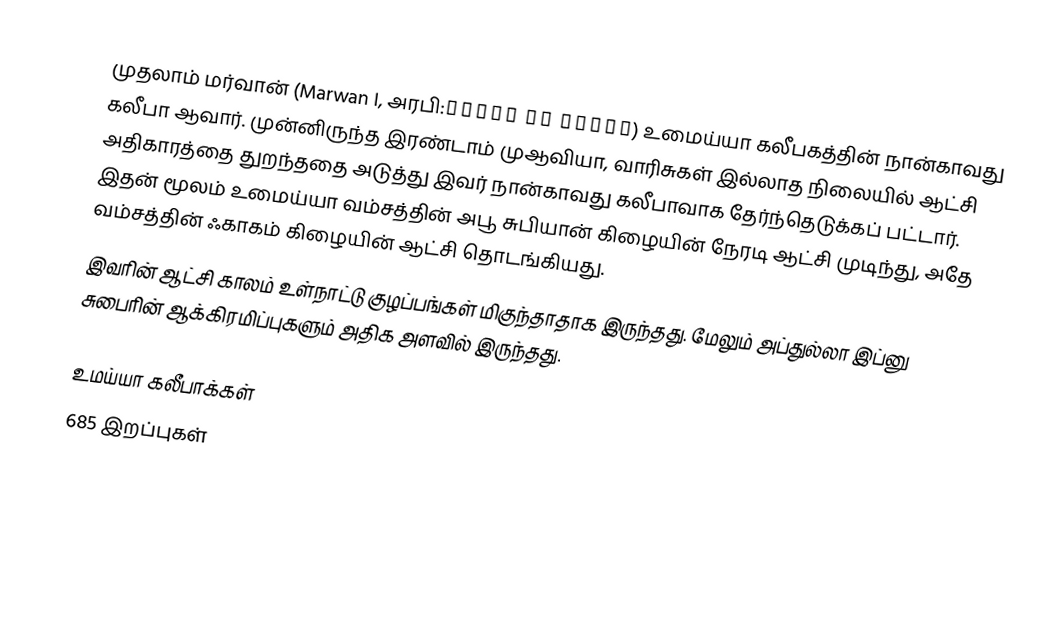
முதலாம் மர்வான் (Marwan I, அரபி:مروان بن الحكم) உமைய்யா கலீபகத்தின் நான்காவது கலீபா ஆவார். முன்னிருந்த இரண்டாம் முஆவியா, வாரிசுகள் இல்லாத நிலையில் ஆட்சி அதிகாரத்தை துறந்ததை அடுத்து இவர் நான்காவது கலீபாவாக தேர்ந்தெடுக்கப் பட்டார். இதன் மூலம் உமைய்யா வம்சத்தின் அபூ சுபியான் கிழையின் நேரடி ஆட்சி முடிந்து, அதே வம்சத்தின் ஃகாகம் கிழையின் ஆட்சி தொடங்கியது.
இவரின் ஆட்சி காலம் உள்நாட்டு குழப்பங்கள் மிகுந்தாதாக இருந்தது. மேலும் அப்துல்லா இப்னு சுபைரின் ஆக்கிரமிப்புகளும் அதிக அளவில் இருந்தது.

உமய்யா கலீபாக்கள்
685 இறப்புகள்